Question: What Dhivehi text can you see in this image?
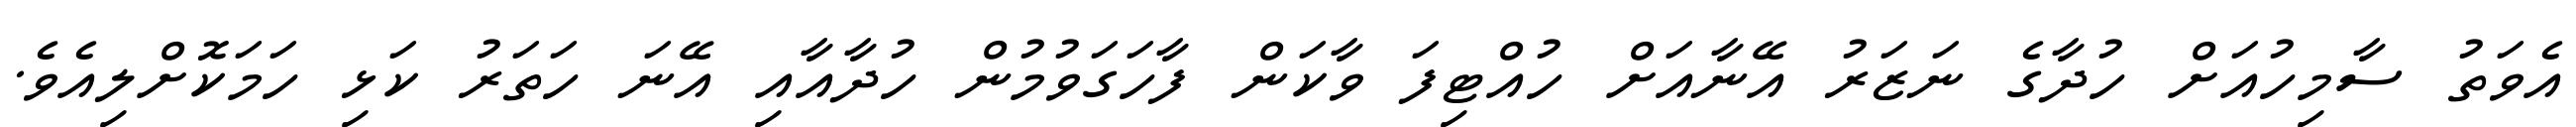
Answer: އެވަތު ސާމިހުއަށް ހުދާގެ ނަޒަރު އޭނާއަށް ހުއްޓިފަ ވާކަން ފާހަގަވުމުން ހުދާއާއި އޭނަ ހަތަރު ކަޅި ހަމަކޮށްލިއެވެ.